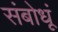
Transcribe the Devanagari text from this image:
संबोधूं